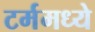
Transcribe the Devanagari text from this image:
टर्ममध्ये